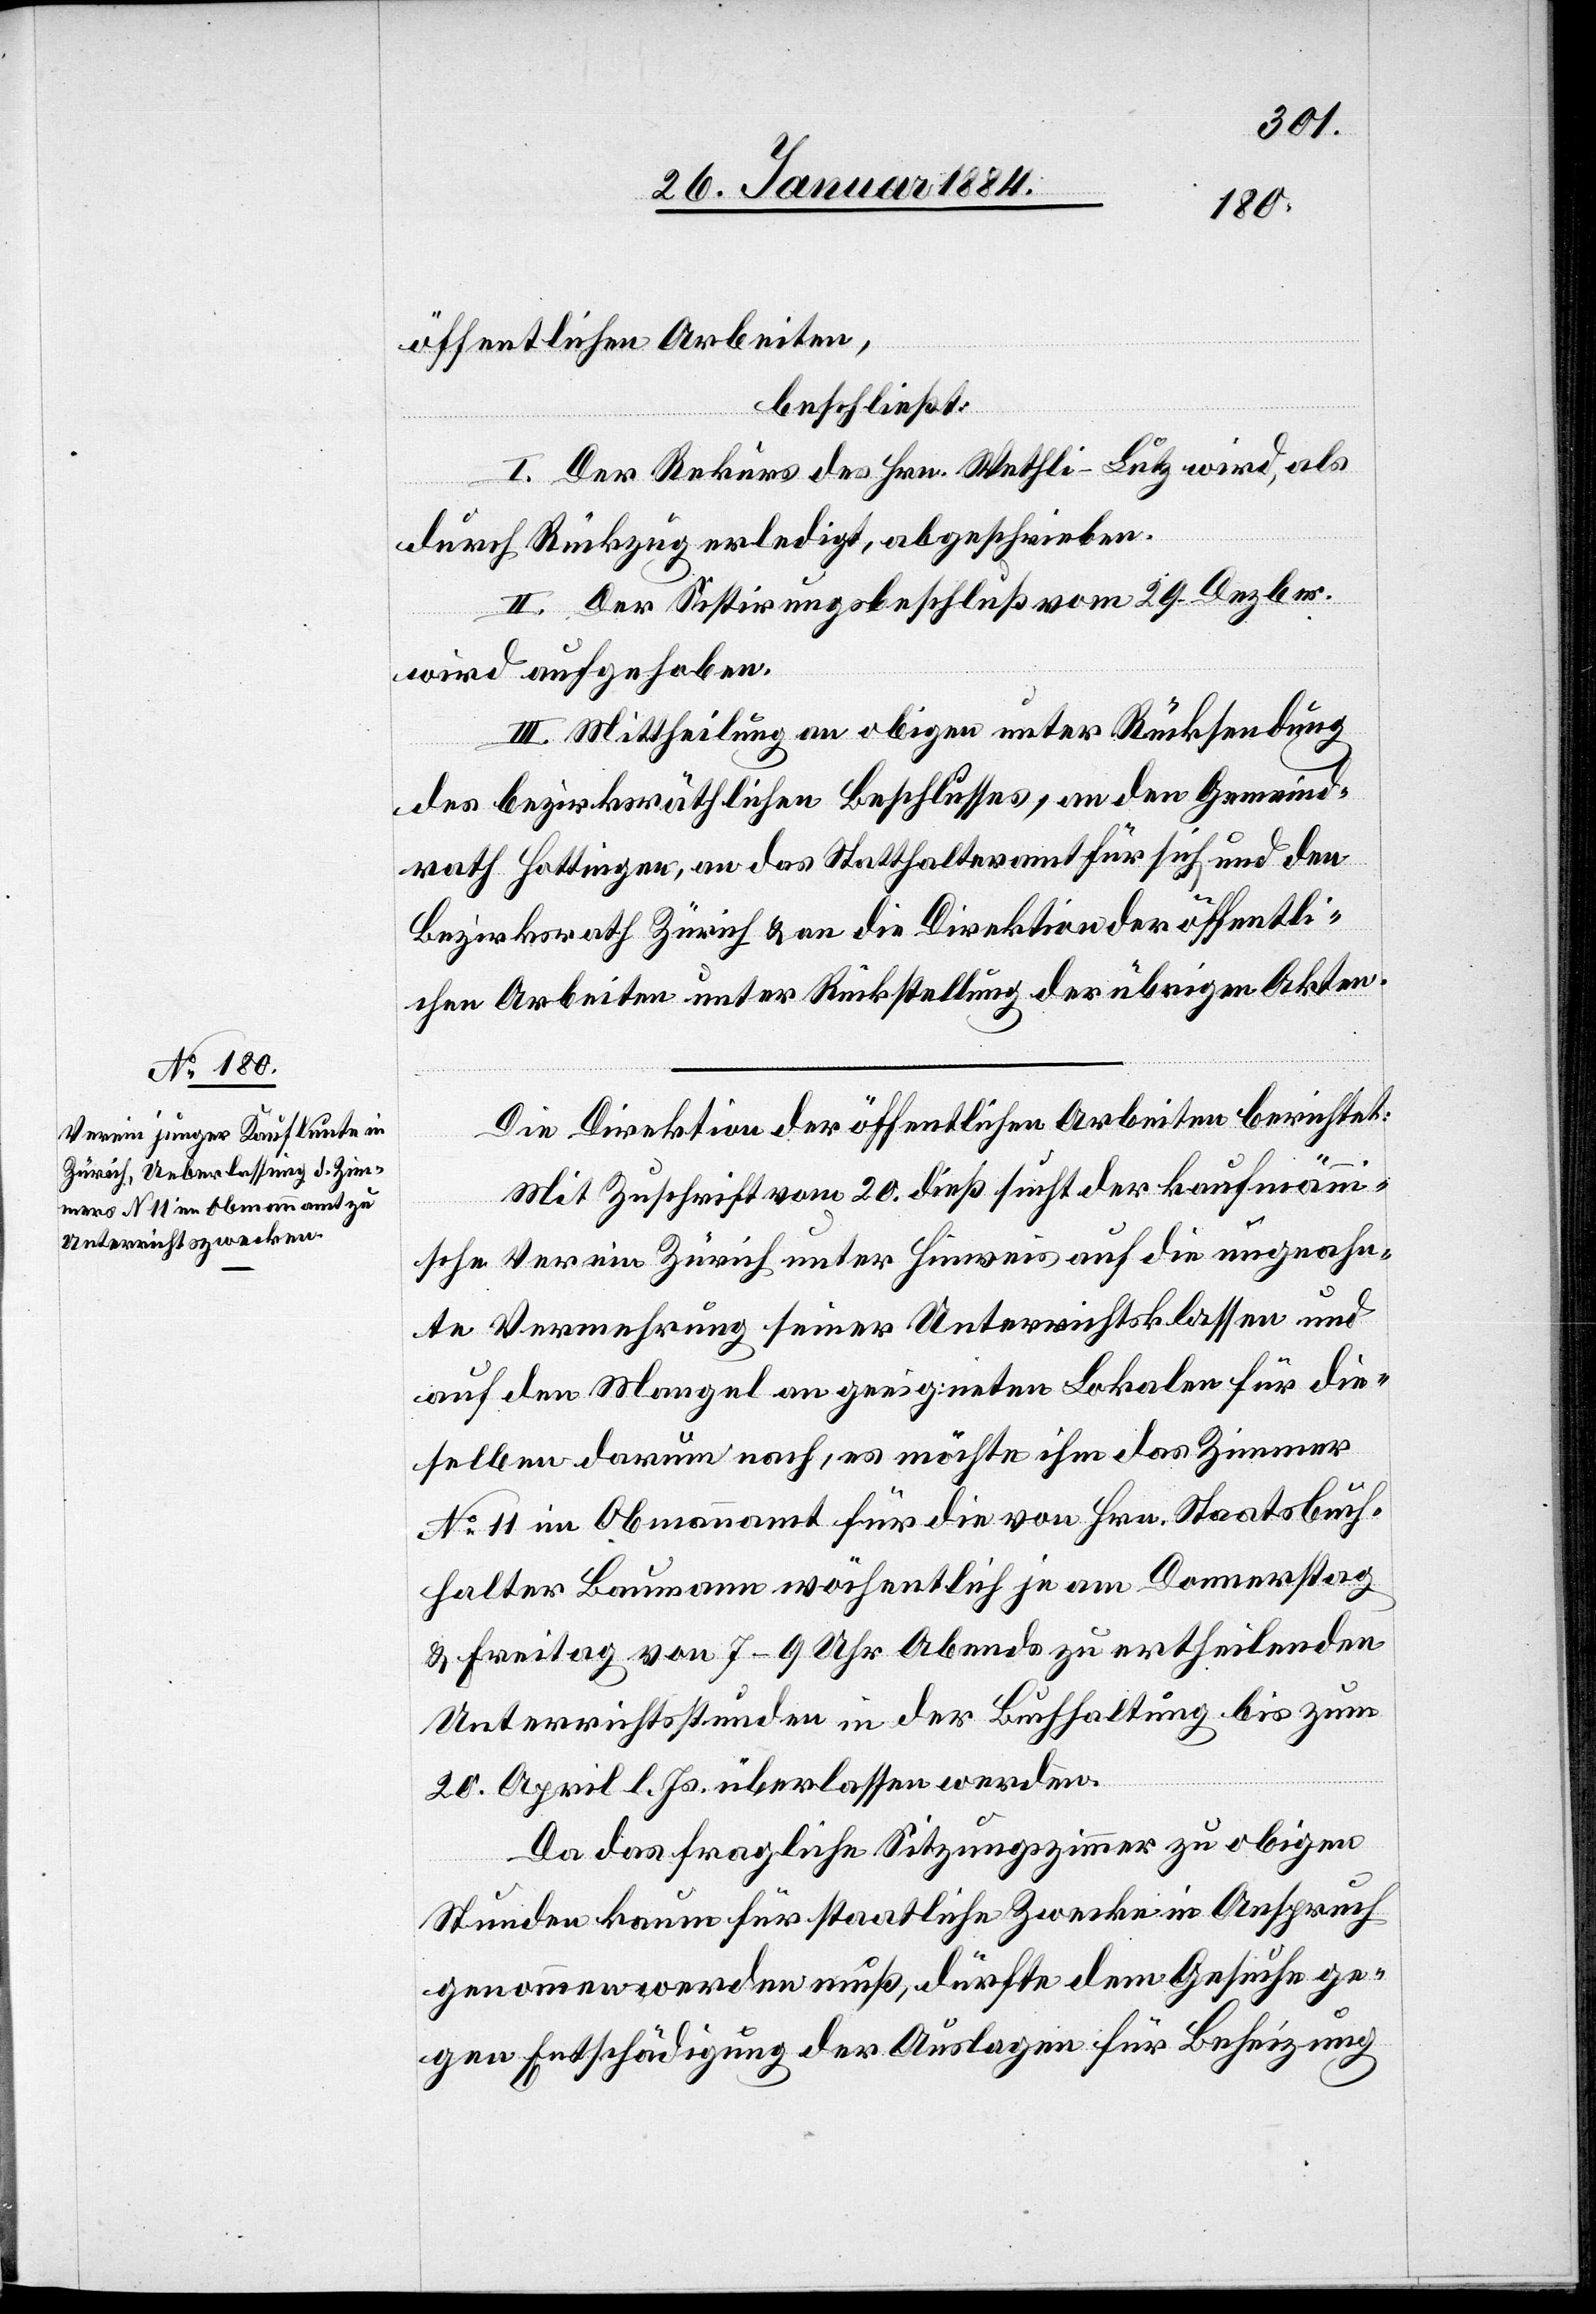
öffentlichen Arbeiten,
beschließt:
I. Der Rekurs des Hrn. Wethli-Lutz wird, als
durch Rückzug erledigt, abgeschrieben.
II. Der Sistirungsbeschluß vom 29. Dezbr.
wird aufgehoben.
III. Mittheilung an obigen unter Rücksendung
des bezirksräthlichen Beschlusses, an den Gemeind¬
rath Hottingen, an das Statthalteramt für sich und den
Bezirksrath Zürich & an die Direktion der öffentli¬
chen Arbeiten unter Rückstellung der übrigen Akten.
Die Direktion der öffentlichen Arbeiten berichtet:
Mit Zuschrift vom 20. dieß sucht der kaufmänn¬
ische Verein Zürich unter Hinweis auf die ungewohn¬
te Vermehrung seiner Unterrichtsklassen und
auf den Mangel an geeigneten Lokalen für die¬
selben darum nach, es möchte ihm das Zimmer
No 11 im Obmannamt für die von Hrn. Staatsbuch¬
halter Baumann wöchentlich je am Donnerstag
& Freitag von 7–9 Uhr Abends zu ertheilenden
Unterrichtsstunden in der Buchhaltung bis zum
20. April l. Js. überlassen werden.
Da das fragliche Sitzungszimmer zu obigen
Stunden kaum für staatliche Zwecke in Anspruch
genommen werden muß, dürfte dem Gesuche ge¬
gen Entschädigung der Auslagen für Beheizung